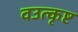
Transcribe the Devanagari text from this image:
वउत्कृष्ट